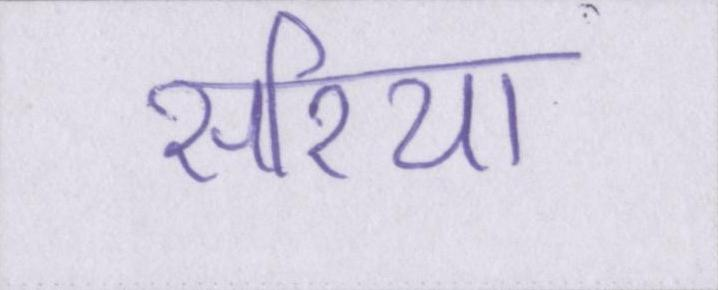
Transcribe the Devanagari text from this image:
सरिया